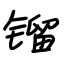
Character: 镏